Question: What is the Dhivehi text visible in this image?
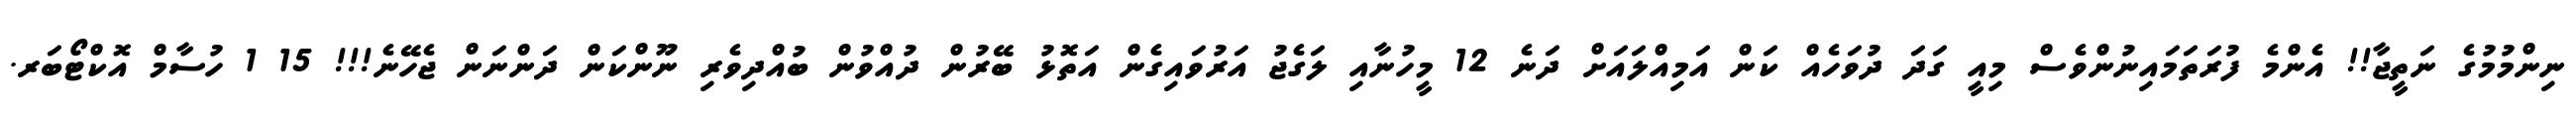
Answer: ނިންމުމުގެ ނަތީޖާ!! އެންމެ ފުރަތަމައިނުންވެސް މިއީ ގަދަ ދުވަހެއް ކަން އަމިއްލައަށް ދަނެ 12 މީހުނާއި ލަގެޖު އަރުވައިގެން އަތޮޅު ބޭރުން ދުއްވުން ބުއްދިވެރި ނޫންކަން ދަންނަން ޖެހޭނެ!!! 15 1 ހުސާމް އޮކްޓޯބަރ.